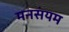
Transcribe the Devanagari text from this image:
मनसंयम